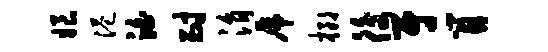
娘港泊耐涓虎榔後尉肖